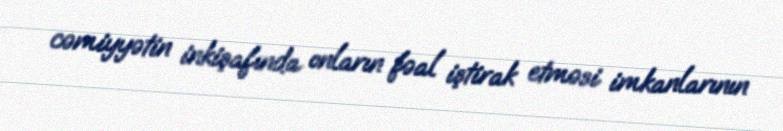
cəmiyyətin inkişafında onların fəal iştirak etməsi imkanlarının